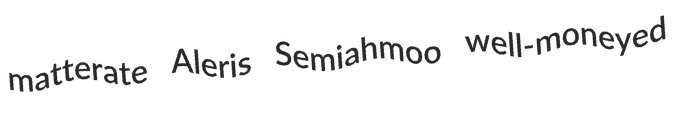
matterate Aleris Semiahmoo well-moneyed